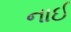
નાઈ